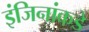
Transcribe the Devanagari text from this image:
इंजिनांकडे